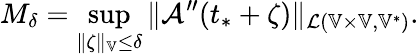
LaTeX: M_{\delta}=\operatorname*{sup}_{\| \zeta\| _{\mathbb{V}}\le\delta}\| \mathcal{A}^{\prime\prime}(t_{*}+\zeta)\| _{\mathcal{L}(\mathbb{V}\times\mathbb{V},\mathbb{V}^{*})}.